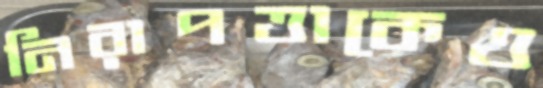
নিরাপত্তাকেও